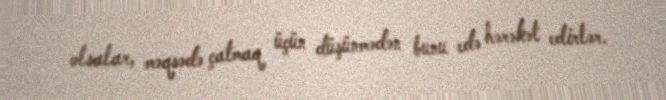
olsalar, məqsədə çatmaq üçün düşünmədən bunu edə hərəkət edirlər.